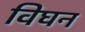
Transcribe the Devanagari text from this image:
विघन